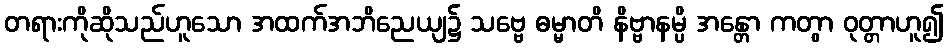
တရားကိုဆိုသည်ဟူသော အထက်အဘိညေယျ၌ သဗ္ဗေ ဓမ္မာတိ နိဗ္ဗာနမ္ပိ အန္တော ကတွာ ဝုတ္တာဟူ၍